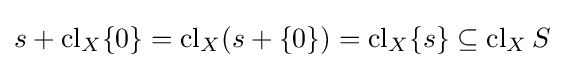
s+\operatorname {cl} _{X}\{0\}=\operatorname {cl} _{X}(s+\{0\})=\operatorname {cl} _{X}\{s\}\subseteq \operatorname {cl} _{X}S